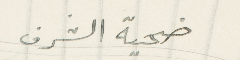
ضحية الشرف